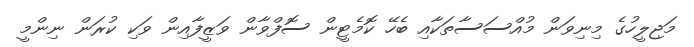
މަޖިލީހުގެ މިނިވަން މުއްސަސާތަކާއި ބެހޭ ކޮމެޓީން ސޮފްވާން ވަޒީފާއިން ވަކި ކުރަން ނިންމީ